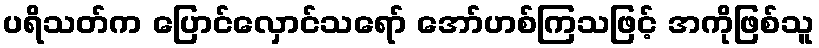
ပရိသတ်က ပြောင်လှောင်သရော် အော်ဟစ်ကြသဖြင့် အကိုဖြစ်သူ